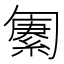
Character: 𫧆